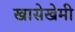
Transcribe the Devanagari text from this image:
खासेखेमी